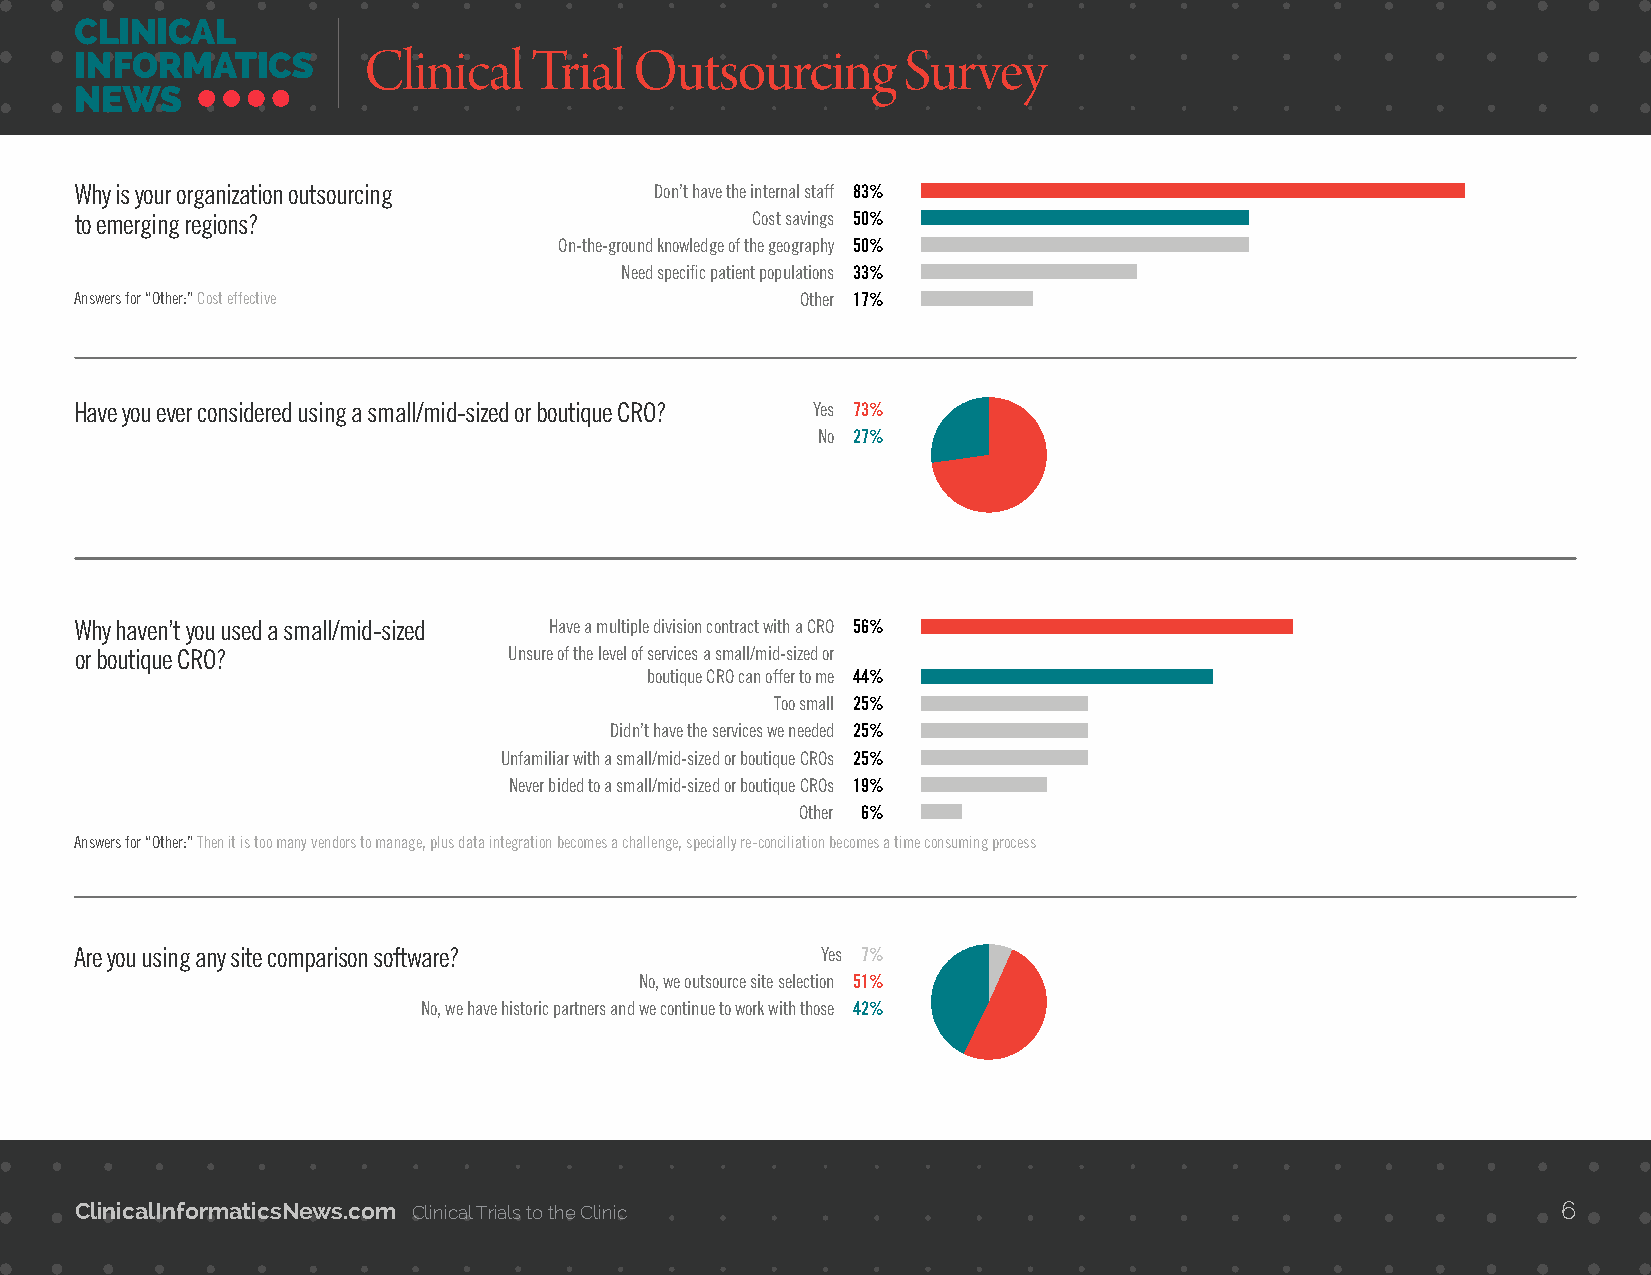
Clinical   Trial  Outsourcing       Survey
 Why is your organization outsourcing  Don’t have the internal staff 83%
 to emerging regions?                         Cost savings 50%
 On-the-ground knowledge of the geography 50%
 Need specific patient populations 33%
 Answers for “Other:” Cost effective             Other 17%
 Have you ever considered using a small/mid-sized or boutique CRO? Yes 73%
 No 27%
 Why haven’t you used a small/mid-sized Have a multiple division contract with a CRO 56%
 or boutique CRO?             Unsure of the level of services a small/mid-sized or
 boutique CRO can offer to me 44%
 Too small 25%
 Didn’t have the services we needed 25%
 Unfamiliar with a small/mid-sized or boutique CROs 25%
 Never bided to a small/mid-sized or boutique CROs 19%
 Other 6%
 Answers for “Other:” Then it is too many vendors to manage, plus data integration becomes a challenge, specially re-conciliation becomes a time consuming process
 Are you using any site comparison software?      Yes 7%
 No, we outsource site selection 51%
 No, we have historic partners and we continue to work with those 42%
 ClinicalInformaticsNews.com Clinical Trials to the Clinic                                         6